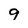
Character: 9